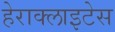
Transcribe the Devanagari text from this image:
हेराक्लाइटेस